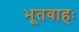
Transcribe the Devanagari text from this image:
भूतवाहः